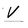
Character: V